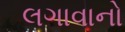
લગાવાનો